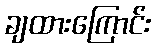
ချထားကြောင်း